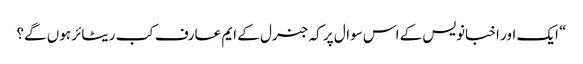
“ ایک اور اخبانویس کے اس سوال پر کہ جنرل کے ایم عارف کب ریٹائر ہوں گے؟